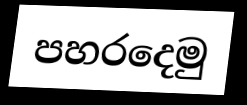
පහරදෙමු